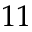
1 1